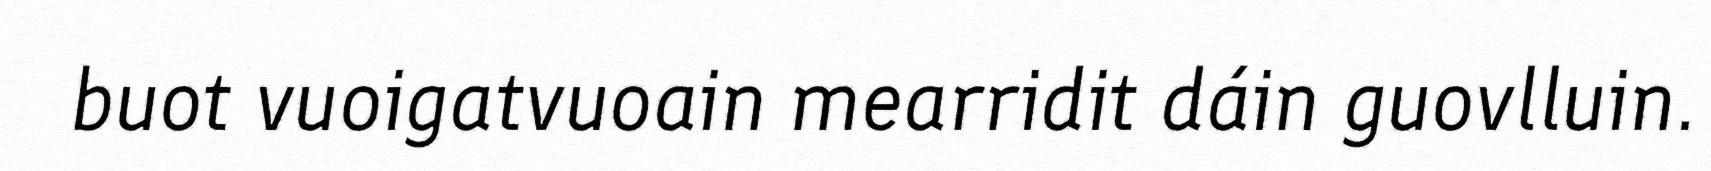
buot vuoigatvuoain mearridit dáin guovlluin.